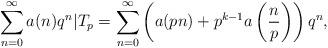
LaTeX: \begin{align*}\sum_{n=0}^\infty a(n) q^n | T_p = \sum_{n=0}^\infty \left(a(pn) + p^{k-1} a \left(\frac{n}{p} \right) \right) q^n,\end{align*}